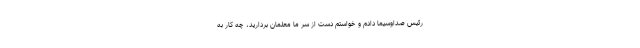
رئیس صداوسیما دادم و خواستم دست از سر ما معلمان بردارید، چه کار به